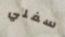
سفلي